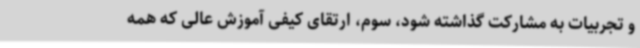
و تجربیات به مشارکت گذاشته شود، سوم، ارتقای کیفی آموزش عالی که همه